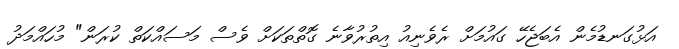
އަޅުގަނޑުމެން އެބަޖެހޭ ގައުމަށް ރެވެނިއު އިތުރުވާނެ ގޮތްތަކަށް ވެސް މަސައްކަތް ކުރަން" މުހައްމަދު